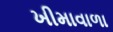
ખીમાવાળા